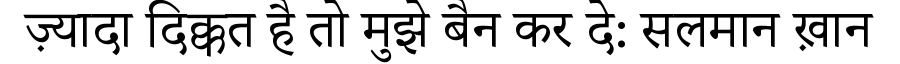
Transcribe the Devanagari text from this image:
ज़्यादा दिक्कत है तो मुझे बैन कर दे: सलमान ख़ान